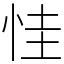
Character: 㤬